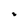
Character: 3